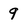
Character: 9